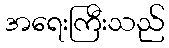
အရေးကြီးသည်